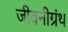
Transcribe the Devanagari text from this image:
जीवनीग्रंथ